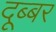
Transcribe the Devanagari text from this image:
दूब्बर